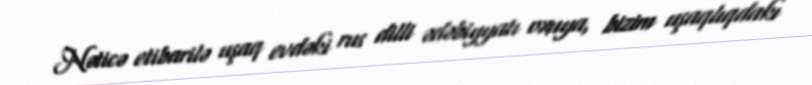
Nəticə etibarilə uşaq evdəki rus dilli ədəbiyyatı oxuya, bizim uşaqlıqdakı